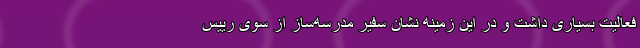
فعالیت بسیاری داشت و در این زمینه نشان سفیر مدرسه‌ساز از سوی رییس